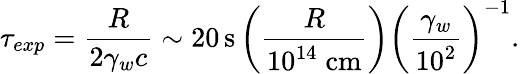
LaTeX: \tau_{exp}=\frac{R}{2\gamma_{w}c}\sim 20\, \mathrm{s}\left(\frac{R}{10^{14}\mathrm{\; cm}}\right)\left(\frac{\gamma_{w}}{10^{2}}\right)^{-1}.